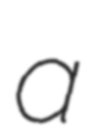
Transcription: a